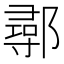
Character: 鄩